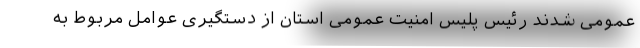
عمومی شدند رئیس پلیس امنیت عمومی استان از دستگیری عوامل مربوط به